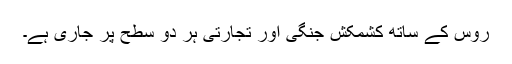
روس کے ساتھ کشمکش جنگی اور تجارتی ہر دو سطح پر جاری ہے۔